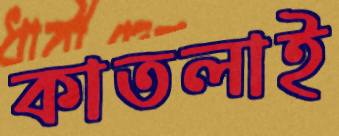
কাতলাই